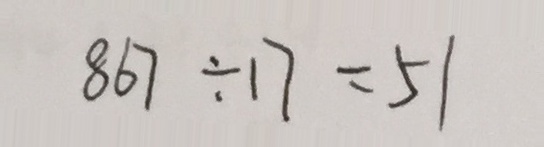
8 6 7 \div 1 7 = 5 1